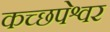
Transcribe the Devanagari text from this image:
कच्छपेश्वर